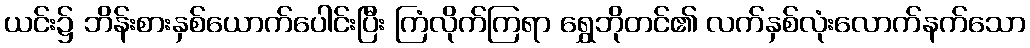
ယင်း၌ ဘိန်းစားနှစ်ယောက်ပေါင်းပြီး ကြံလိုက်ကြရာ ရွှေဘိုတင်၏ လက်နှစ်လုံးလောက်နက်သော